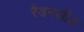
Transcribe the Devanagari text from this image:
रैडनसीड